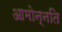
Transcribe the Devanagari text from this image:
आमोन्नति